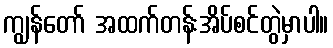
ကျွန်တော် အထက်တန်းအိပ်စင်တွဲမှာပါ။